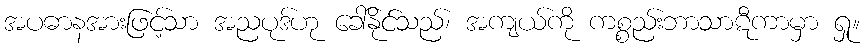
အပဓာနအားဖြင့်သာ အညပုဒ်ဟု ခေါ်နိုင်သည်၊ အကျယ်ကို ကစ္စည်းဘာသာဋီကာမှာ ရှု။